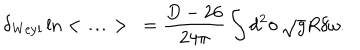
LaTeX: \delta _ { \mathrm { W e y l } } \ln < \ldots > \ = \frac { D - 2 6 } { 2 4 \pi } \int d ^ { 2 } \sigma \, \sqrt { g } R \delta \omega .